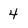
Character: 4